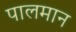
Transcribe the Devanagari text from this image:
पालमान